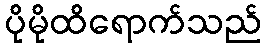
ပိုမိုထိရောက်သည်